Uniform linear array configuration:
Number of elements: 8
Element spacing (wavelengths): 0.75
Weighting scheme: exponential
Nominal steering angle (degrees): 60
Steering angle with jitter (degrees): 61.396
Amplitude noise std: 0.05
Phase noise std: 0.05

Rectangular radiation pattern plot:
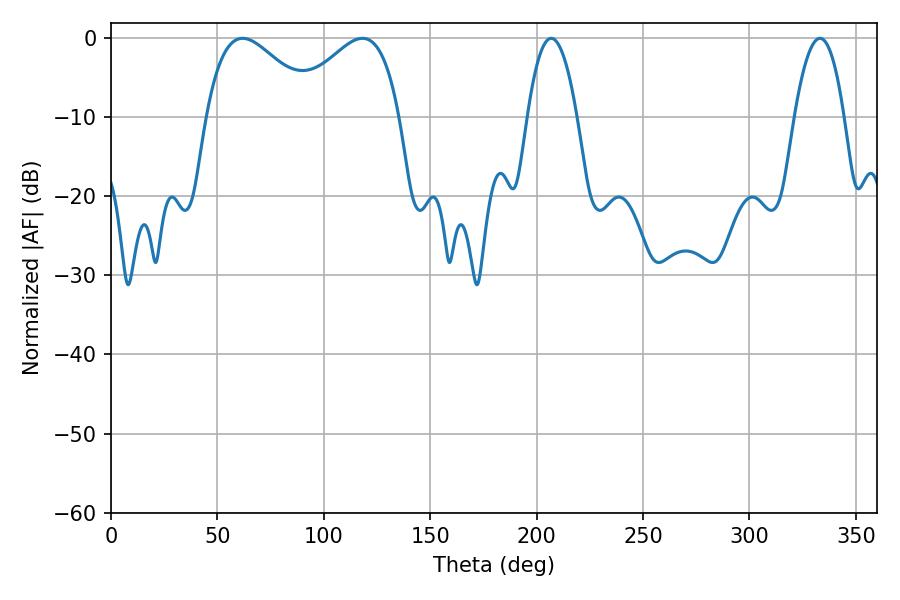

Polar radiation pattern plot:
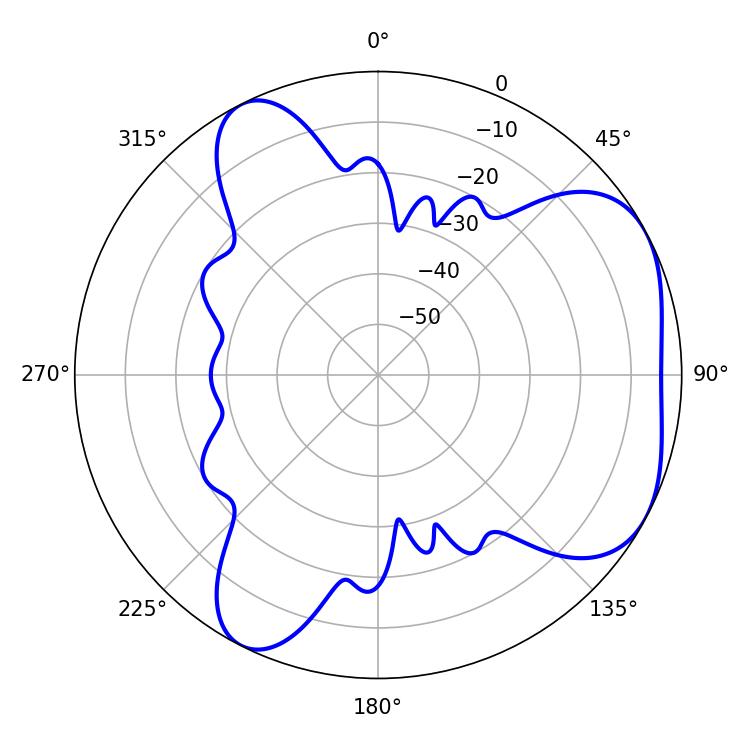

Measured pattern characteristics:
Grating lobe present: TRUE
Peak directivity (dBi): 4.671
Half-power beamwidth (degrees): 12.96
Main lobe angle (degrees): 206.82